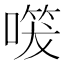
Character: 𭊔